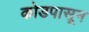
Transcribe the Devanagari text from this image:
कोडपासून